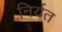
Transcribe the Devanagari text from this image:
निर्यत